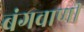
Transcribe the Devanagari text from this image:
बंगवाणी